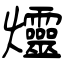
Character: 爧